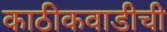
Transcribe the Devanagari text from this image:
काठीकवाडीची